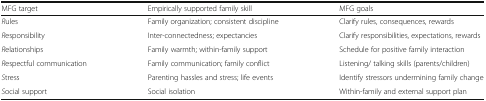
| MFG target | Empirically supported family skill | MFG goals |
 | --- | --- | --- |
 | Rules | Family organization; consistent discipline | Clarify rules, consequences, rewards |
 | Responsibility | Inter-connectedness; expectancies | Clarify responsibilities, expectations, rewards |
 | Relationships | Family warmth; within-family support | Schedule for positive family interaction |
 | Respectful communication | Family communication; family conflict | Listening/ talking skills (parents/children) |
 | Stress | Parenting hassles and stress; life events | Identify stressors undermining family change |
 | Social support | Social isolation | Within-family and external support plan |